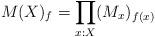
LaTeX: \begin{align*} M(X)_f=\prod_{x:X}(M_x)_{f(x)} \end{align*}